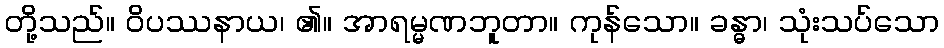
တို့သည်။ ဝိပဿနာယ၊ ၏။ အာရမ္မဏဘူတာ။ ကုန်သော။ ခန္ဓာ၊ သုံးသပ်သော